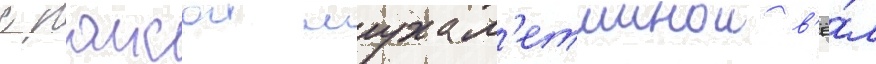
с раисои мухам'етшинои в'ё́л